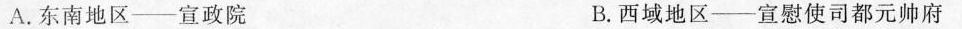
A.东南地区——宣政院 B.西域地区——宣慰使司都元帅府